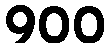
900